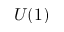
U ( 1 )